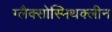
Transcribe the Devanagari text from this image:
ग्लैक्सोस्मिथक्लीन